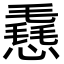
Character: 㦌